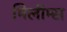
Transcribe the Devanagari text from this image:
मिलीम्स